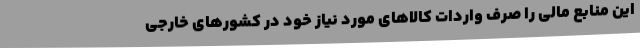
این منابع مالی را صرف واردات کالاهای مورد نیاز خود در کشورهای خارجی